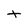
Character: t